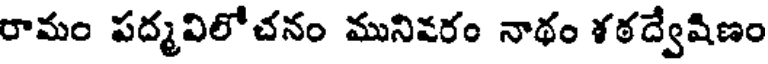
రామం పద్మవిలోచనం మునివరం నాథం శఠద్వేషిణం